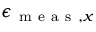
\epsilon _ { \mathrm { ~ m ~ e ~ a ~ s ~ } , x }